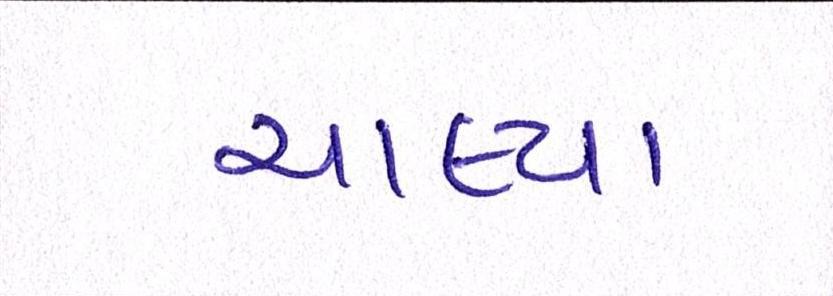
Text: ચાલ્યા